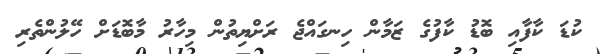
ކުޑަ ކާފާއި ބޮޑު ކާފުގެ ޒަމާން ހިނގައްޖެ ރަށްޔިތުން މިހާރު މާބޮޑަށް ހޭލުންތެރި